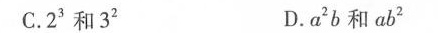
C.2^{3}和3^{2} D.a^{2}b和ab^{2}